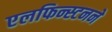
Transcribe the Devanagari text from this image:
एलफिन्स्टनने